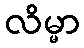
လိမ္မာ